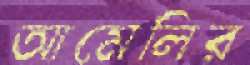
আমেলির